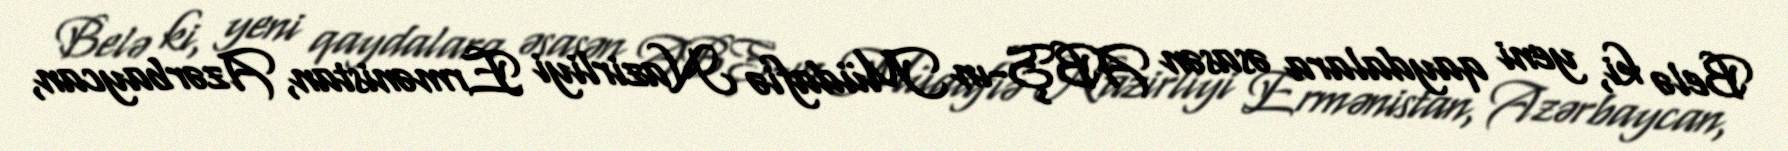
Belə ki, yeni qaydalara əsasən ABŞ-ın Müdafiə Nazirliyi Ermənistan, Azərbaycan,